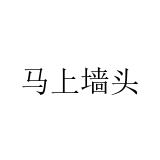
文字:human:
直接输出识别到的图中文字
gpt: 马上墙头